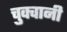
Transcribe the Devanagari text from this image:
चुक्वानी